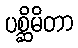
ပစ္ဆိမိတာ